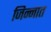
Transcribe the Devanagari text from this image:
जिन्‍नात